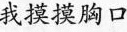
我摸摸胸口